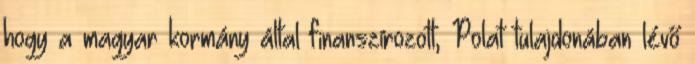
hogy a magyar kormány által finanszírozott, Polat tulajdonában lévő